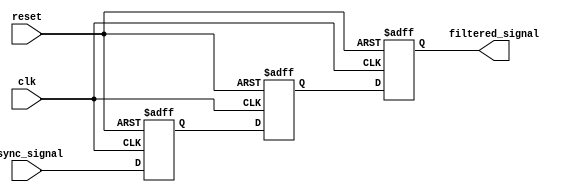
module metastability_filter (
    input wire clk,          // Clock signal of the receiving domain
    input wire reset,        // Reset signal to initialize the flip-flops
    input wire async_signal, // Asynchronous input signal
    output reg filtered_signal // Synchronized output signal
);

// Internal signals for the dual flip-flops
reg ff1, ff2;

// Dual Flip-Flop Synchronizer
always @(posedge clk or posedge reset) begin
    if (reset) begin
        ff1 <= 1'b0;       // Initialize ff1
        ff2 <= 1'b0;       // Initialize ff2
        filtered_signal <= 1'b0; // Initialize output
    end else begin
        ff1 <= async_signal; // Sample the asynchronous signal
        ff2 <= ff1;          // Sample the output of the first flip-flop
        filtered_signal <= ff2; // Output the stabilized signal
    end
end

endmodule